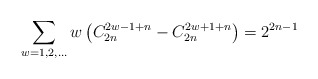
\begin{align*}\sum_{w=1,2,\ldots}w\left(C_{2n}^{2w-1+n}-C_{2n}^{2w+1+n}\right)=2^{2n-1}\end{align*}